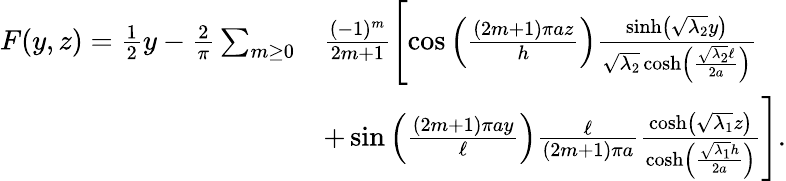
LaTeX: \begin{array}{rl}{F(y,z)=\frac{1}{2}y-\frac{2}{\pi}\sum_{m\geq 0}}&{\frac{(-1)^{m}}{2m+1}\left[\cos\left(\frac{(2m+1)\pi az}{h}\right)\frac{\sinh\left(\sqrt{\lambda_{2}}y\right)}{\sqrt{\lambda_{2}}\cosh\left(\frac{\sqrt{\lambda_{2}}\ell}{2a}\right)}\right.}\\ &{\left.+\sin\left(\frac{(2m+1)\pi ay}{\ell}\right)\frac{\ell}{(2m+1)\pi a}\frac{\cosh\left(\sqrt{\lambda_{1}}z\right)}{\cosh\left(\frac{\sqrt{\lambda_{1}}h}{2a}\right)}\right].}\end{array}